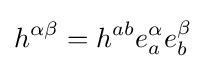
h^{\alpha \beta }=h^{ab}e_{a}^{\alpha }e_{b}^{\beta }